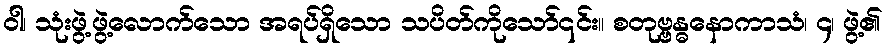
ဝါ၊ သုံးဖွဲ့ဖွဲ့လောက်သော အရပ်ရှိသော သပိတ်ကိုသော်၎င်း။ စတုဗ္ဗန္ဓနောကာသံ၊ ၄၊ ဖွဲ့၏